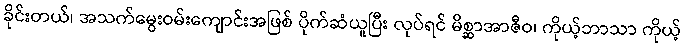
ခိုင်းတယ်၊ အသက်မွေးဝမ်းကျောင်းအဖြစ် ပိုက်ဆံယူပြီး လုပ်ရင် မိစ္ဆာအာဇီဝ၊ ကိုယ့်ဘာသာ ကိုယ့်